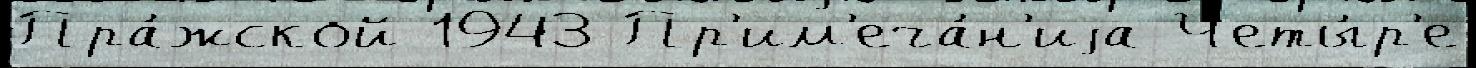
Пра́жской 1943 Пр'им'еча́н'иjа Четы́р'е